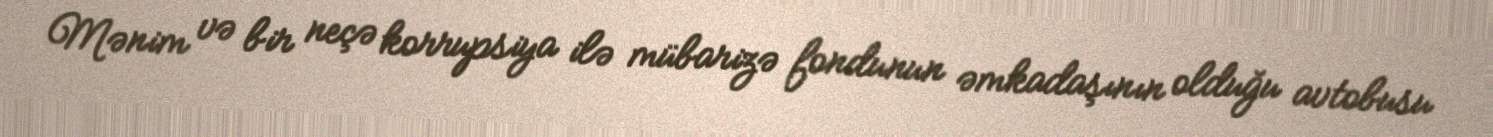
Mənim və bir neçə korrupsiya ilə mübarizə fondunun əmkadaşının olduğu avtobusu